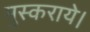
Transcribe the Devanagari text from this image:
मुस्कराये।